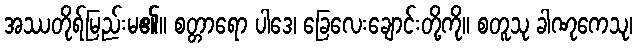
အဿတိုရ်မြည်းမ၏။ စတ္တာရော ပါဒေ၊ ခြေလေးချောင်းတို့ကို။ စတူသု ခါဏုကေသု၊